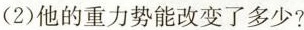
（2）他的重力势能改变了多少？